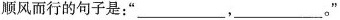
顺风而行的句子是：”___，___。”